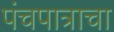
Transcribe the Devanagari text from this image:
पंचपात्राचा